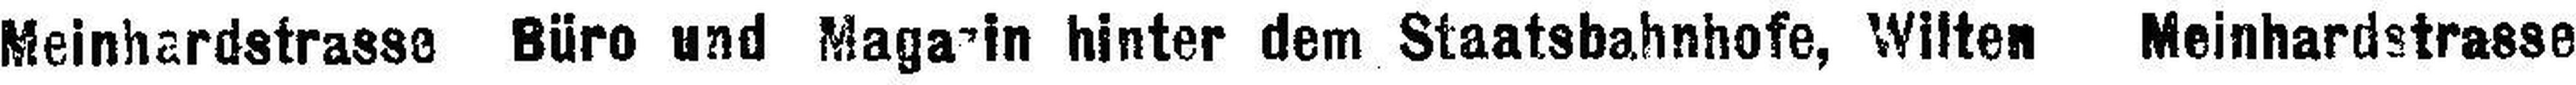
Meinhardstrasse Büro und Magazin hinter dem Staatsbahnhofe, Wilten Meinhardstrasse